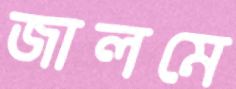
জালমে